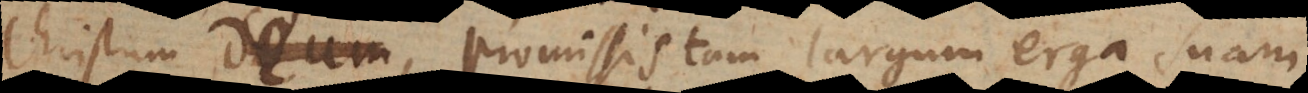
Christum Deum promissis tam largum erga suam